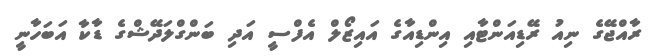
ރާއްޖޭގެ ނިއު ރޭޑިއަންޓާއި އިންޑިއާގެ އައިޒޯލް އެފްސީ އަދި ބަންގްލަދޭޝްގެ ޑާކާ އަބަހާނީ